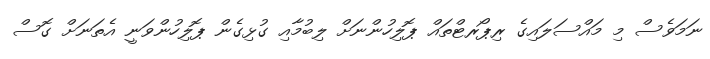
ނަމަވެސް މި މައްސަލައިގެ ރިޕޯރޓްތައް ޕޮލިހުންނަށް ލިބުމާއި ގުޅިގެން ޕޮލިހުންވަނީ އެތަނަށް ގޮސް